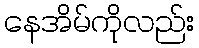
နေအိမ်ကိုလည်း